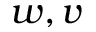
w , v